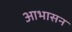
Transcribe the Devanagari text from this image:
आभासन